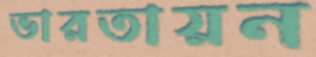
ভারতায়ন